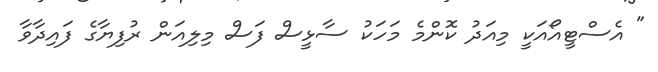
" އެސްޓީއޯއަކީ މިއަދު ކޮންމެ މަހަކު ސާޅީސް ފަސް މިލިއަން ރުފިޔާގެ ފައިދާވާ